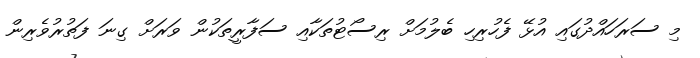
މި ސަރަހައްދުގައި އުޅޭ ފެހުރިހި ބެލުމަށް ރިސޯޓުތަކާއި ސަފާރީތަކުން ވަރަށް ގިނަ ފަތުރުވެރިން